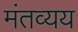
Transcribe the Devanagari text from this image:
मंतव्यय